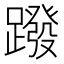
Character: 蹳